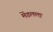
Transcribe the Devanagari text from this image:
मेंडलला